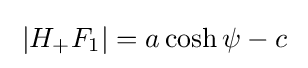
\;|H_{+}F_{1}|=a\cosh \psi -c\;